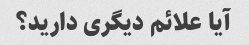
آیا علائم دیگری دارید؟